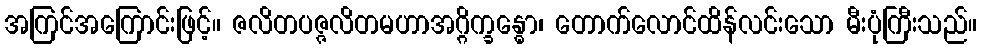
အကြင်အကြောင်းဖြင့်။ ဇလိတပဇ္ဇလိတမဟာအဂ္ဂိက္ခန္ဓော၊ တောက်လောင်ထိန်လင်းသော မီးပုံကြီးသည်။